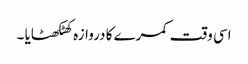
اسی وقت کمرے کا دروازہ کھٹکھٹایا ۔